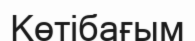
Көтібағым